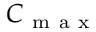
C _ { \mathrm { ~ m ~ a ~ x ~ } }